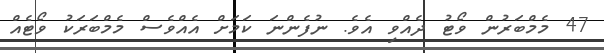
47 މެމްބަރުން ވޯޓު ދެއްވި އެވެ. ނުފެންނަ ކަމަށް އެއްވެސް މެމްބަރަކު ވޯޓެއް